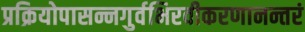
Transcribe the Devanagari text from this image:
प्रक्रियोपासन्नगुर्वभिरवीकरणानन्तरं